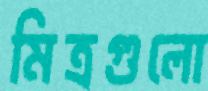
মিত্রগুলো